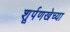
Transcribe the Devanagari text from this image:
शूर्पणखेच्या